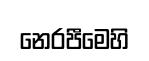
නෙරපීමෙහි